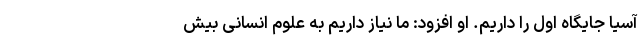
آسیا جایگاه اول را داریم. او افزود: ما نیاز داریم به علوم انسانی بیش